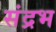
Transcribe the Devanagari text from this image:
संद्रभ